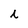
Character: i